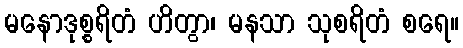
မနောဒုစ္စရိတံ ဟိတွာ၊ မနသာ သုစရိတံ စရေ။